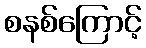
စနစ်ကြောင့်